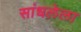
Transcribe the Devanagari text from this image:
सांधलेला